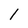
Character: 1